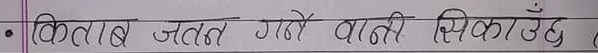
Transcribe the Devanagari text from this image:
किताब जतन गरे बाली सिकाउँछ